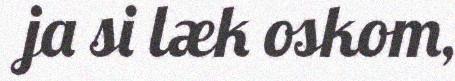
ja si læk oskom,